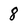
Character: 8